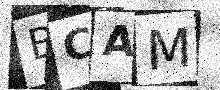
Text: BCAM